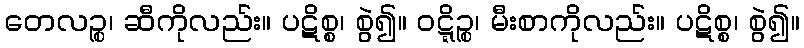
တေလဉ္စ၊ ဆီကိုလည်း။ ပဋိစ္စ၊ စွဲ၍။ ဝဋ္ဋိဉ္စ၊ မီးစာကိုလည်း။ ပဋိစ္စ၊ စွဲ၍။